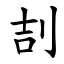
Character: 㓤